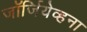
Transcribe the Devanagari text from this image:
जॉर्जियेव्हना